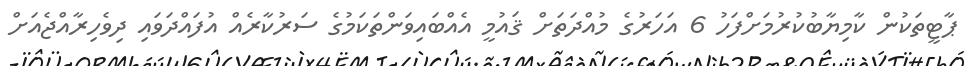
ޕާޓީތަކުން ކާމިޔާބުުކުރުމަށްފަހު 6 އަހަރުގެ މުއްދަތަށް ޤައުމީ އެއްބައިވަންތަކަމުގެ ސަރުކާރެއް އުފައްދަވައި ދިވެހިރާއްޖެއަށް